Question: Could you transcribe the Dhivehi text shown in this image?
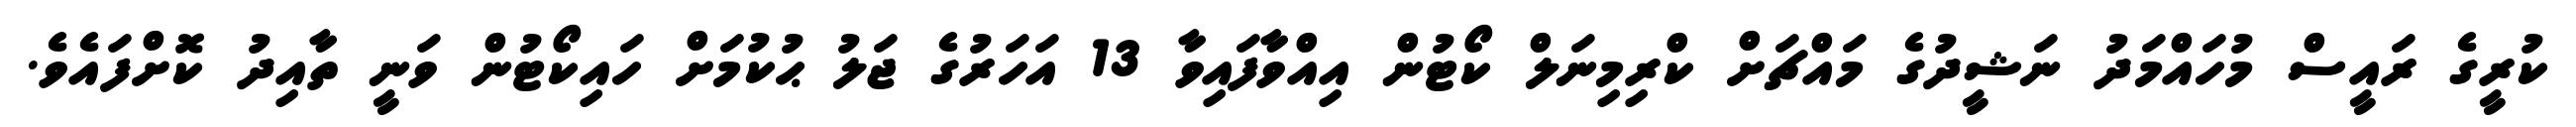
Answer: ކުރީގެ ރައީސް މުހައްމަދު ނަޝީދުގެ މައްޗަށް ކްރިމިނަލް ކޯޓުން އިއްވާފައިވާ 13 އަހަރުގެ ޖަލު ޙުކުމަށް ހައިކޯޓުން ވަނީ ތާއިދު ކޮށްފައެވެ.